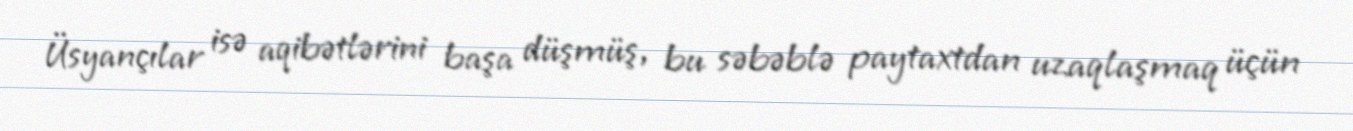
Üsyançılar isə aqibətlərini başa düşmüş, bu səbəblə paytaxtdan uzaqlaşmaq üçün